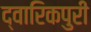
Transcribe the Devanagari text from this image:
द्वारिकपुरी